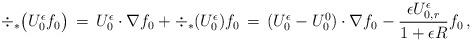
LaTeX: \begin{align*} \div_*\bigl(U_0^\epsilon f_0\bigr) \,=\, U_0^\epsilon \cdot \nabla f_0 + \div_*(U_0^\epsilon) f_0 \,=\, (U_0^\epsilon - U_0^0) \cdot \nabla f_0 - \frac{\epsilon U_{0,r}^\epsilon}{1+\epsilon R}f_0\,,\end{align*}